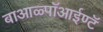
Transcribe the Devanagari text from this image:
बाआळ्पॉआईण्टॅ